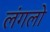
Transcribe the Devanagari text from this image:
लंगलो